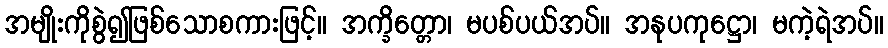
အမျိုးကိုစွဲ၍ဖြစ်သောစကားဖြင့်။ အက္ခိတ္တော၊ မပစ်ပယ်အပ်။ အနုပကုဋ္ဌော၊ မကဲ့ရဲအပ်။